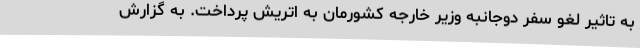
به تاثیر لغو سفر دوجانبه وزیر خارجه کشورمان به اتریش پرداخت. به گزارش